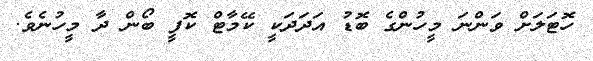
ހޮޓަލަށް ވަންނަ މީހުންގެ ބޮޑު އަދަދަކީ ކޭމާޓް ކޮފީ ބޯން ދާ މީހުނެވެ.